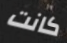
كانت